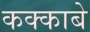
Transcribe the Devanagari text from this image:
कक्‍काबे